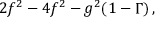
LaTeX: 2 f ^ { 2 } - 4 f ^ { 2 } - g ^ { 2 } ( 1 - \Gamma ) \, ,